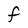
Character: F